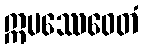
ဣမဿေဝေတံ